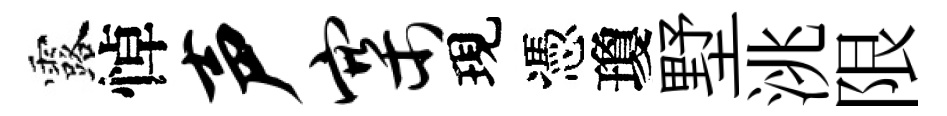
露悼声寨現憑瓊墅洮限